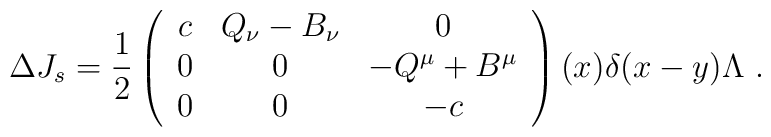
\Delta J_s = \frac{1}{2}\left(\begin{array}{ccc}c & Q_\nu -B_\nu & 0\\0 & 0 & -Q^\mu +B^\mu \\0 & 0 & -c\end{array}\right)(x)\delta (x-y)\Lambda \ .